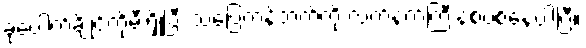
ခုပေါက်ချိုင်ကိုမီးရှို့ပြီး သပြေကန်ဘက်ကို လက်နက်ကြီးနဲ့စပစ်နေပါပြီ။